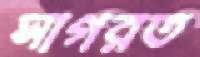
সাগরত